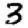
Digit: 3